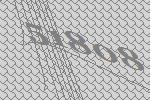
51808